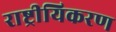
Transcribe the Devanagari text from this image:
राष्ट्रीयिकरण